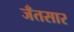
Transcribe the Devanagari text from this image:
जँतसार